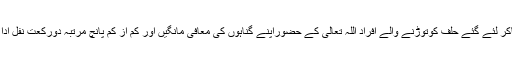
اب بھی وقت ہے کہ اللہ تعالیٰ اورقرآن مجیدکو گواہ بناکر لئے گئے حلف کوتوڑنے والے افراد اللہ تعالیٰ کے حضوراپنے گناہوں کی معافی مانگیں اور کم از کم پانچ مرتبہ دورکعت نفل ادا کرنے کے بعد دعا میں اللہ تعالیٰ سے معافی مانگیں ۔